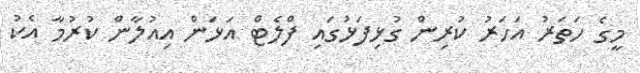
މީގެ ހަތަރު އަހަރު ކުރިން ގުޅިފަޅުގައި ފްލެޓް އަޅަން އިއުލާން ކުރުމާ އެކު